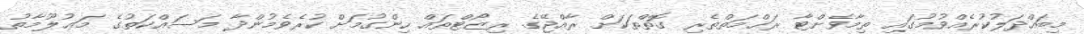
މިބައްދަލުކުރެއްވުމުގައި ތިމާވެށްޓާ ރަޙްމަތްތެރި ގޮތްތަކަށް ރާއްޖޭގެ ރިޒޯޓްތައް ހިންގުމަށް ކުރެވެމުންދާ މަސައްކަތުގެ މަޢުލޫމާތު